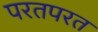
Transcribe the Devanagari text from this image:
परतपरत